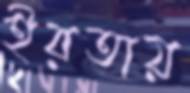
ইরতায়